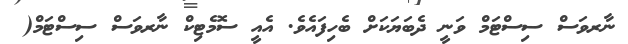
ނާރވަސް ސިސްޓަމް ވަނީ ދެބަޔަކަށް ބެހިފައެވެ. އެއީ ސޮމެޓިކް ނާރވަސް ސިސްޓަމް(